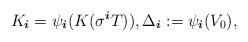
LaTeX: \begin{align*} K_{\boldsymbol{i} } = \psi_{ \boldsymbol{i} } (K(\sigma^ { \boldsymbol{i} } T)), \Delta_{ \boldsymbol{i} } := \psi_{ \boldsymbol{i} } (V_0),\end{align*}